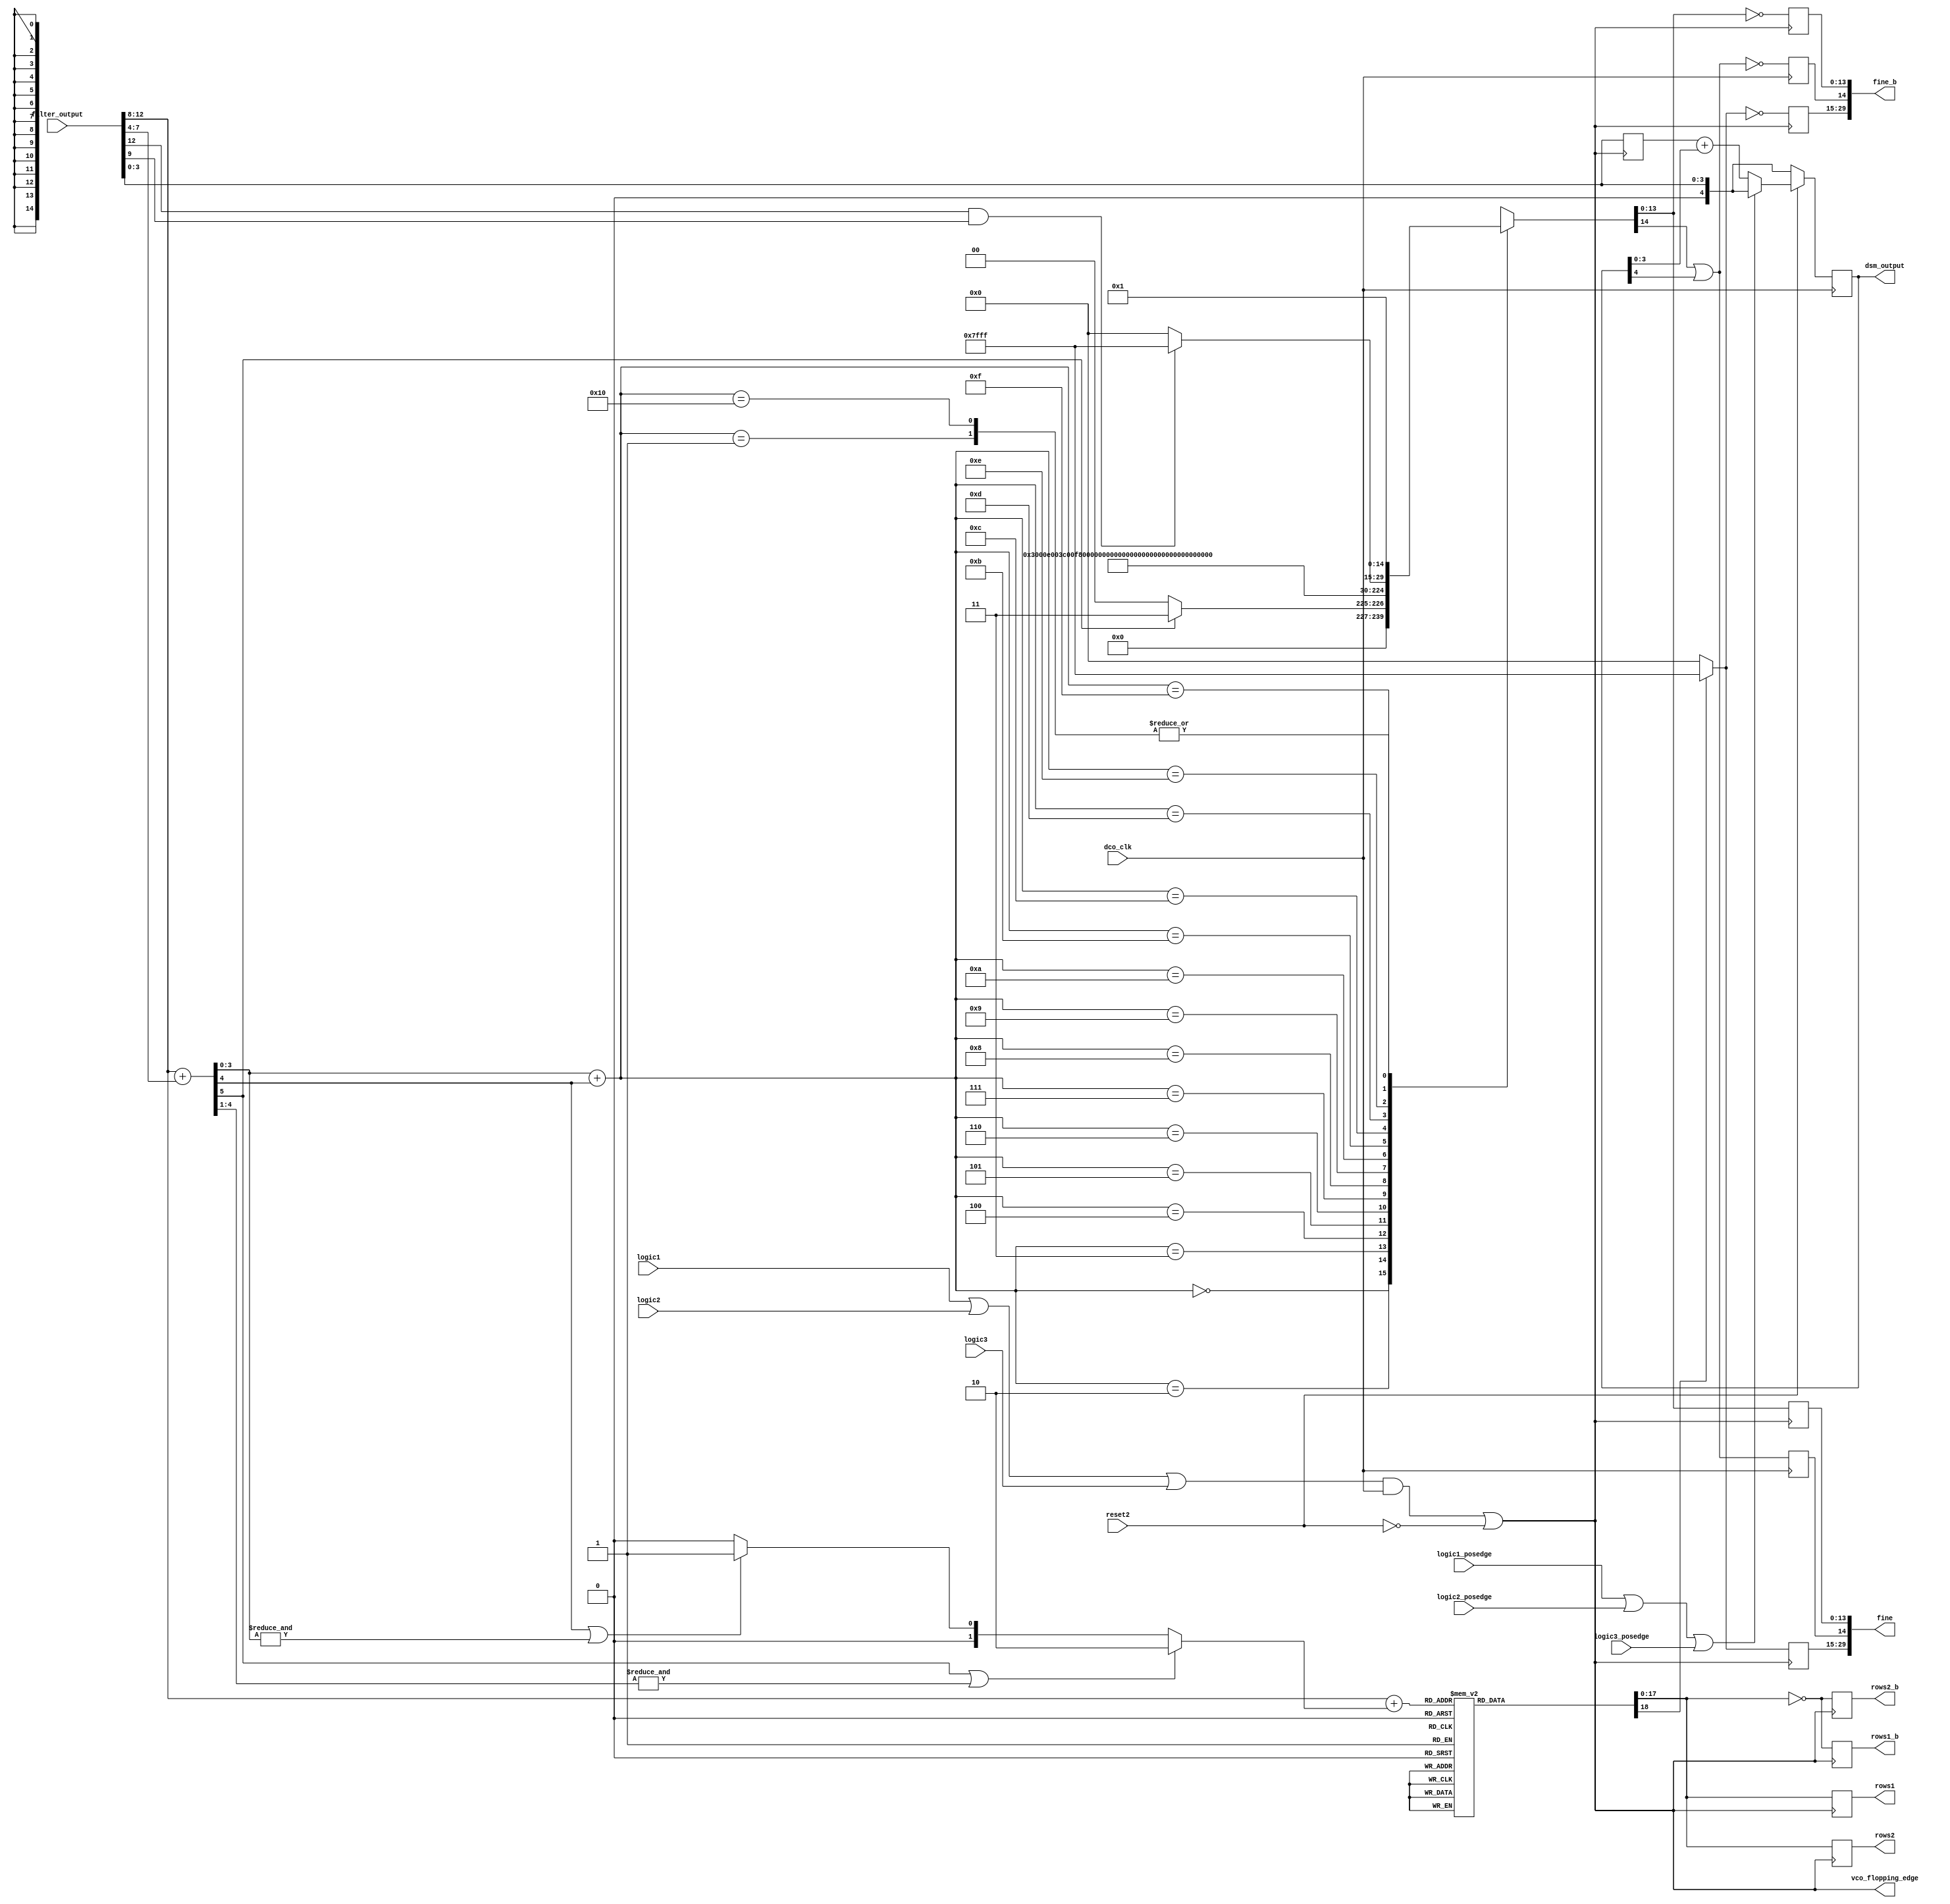
module dco_decoder (
		    input [12:0]      filter_output,
		    input 	      dco_clk,
		    input 	      reset2,
		    input 	      logic1,
		    input 	      logic2,
		    input 	      logic3,
		    input 	      logic1_posedge,
		    input 	      logic2_posedge,
		    input 	      logic3_posedge, 


		    output reg [17:0] rows1,
		    output reg [17:0] rows2,
		    output reg [17:0] rows1_b,
		    output reg [17:0] rows2_b,

		    output reg [29:0] fine,
		    output reg [29:0] fine_b,
		    output 	      vco_flopping_edge,
		    output reg [4:0]      dsm_output

		    );


   reg [18:0] 			      rows_unflopped;
   wire [29:0] 			      fine_unflopped;
   
   wire [4:0] 			      code_for_rows;
   wire [5:0] 			      code_for_column;
   wire [4:0] 			      code_for_column2;
   wire 			      select_fine_row;
   wire 			      dsm_bit;
   
   assign code_for_rows = filter_output[12:8] + ((code_for_column[5] | &code_for_column[4:1]) ? 2'd2 : ( code_for_column[4] | &code_for_column[3:0] ) ? 2'd1: 0 ) ;
   
   assign code_for_column = {1'b0,filter_output[12:8]} + {2'b0,filter_output[7:4]};
   assign code_for_column2 = code_for_column[3:0] + code_for_column[4];

   
   
   reg [29:0] 			      column_decoded;
   
   assign column_decoded[29:15] = rows_unflopped[18] ? 15'b111111111111111 : 0;
   
   always @*  begin

      casex (code_for_rows) 
	
	0 : rows_unflopped =  19'b0000000000000000000;
	1 : rows_unflopped =  19'b0000000000000000001;
	2 : rows_unflopped =  19'b0000000000000000011;
	3 : rows_unflopped =  19'b0000000000000000111;
	4 : rows_unflopped =  19'b0000000000000001111;
	5 : rows_unflopped =  19'b0000000000000011111;
	6 : rows_unflopped =  19'b0000000000000111111;
	7 : rows_unflopped =  19'b0000000000001111111;
	8 : rows_unflopped =  19'b0000000000011111111;
	9 : rows_unflopped =  19'b0000000000111111111;
	10 : rows_unflopped = 19'b0000000001111111111;
	11 : rows_unflopped = 19'b0000000011111111111;
	12 : rows_unflopped = 19'b0000000111111111111;
	13 : rows_unflopped = 19'b0000001111111111111;
	14 : rows_unflopped = 19'b0000011111111111111;
	15 : rows_unflopped = 19'b0000111111111111111;
	16 : rows_unflopped = 19'b0001111111111111111;
	17 : rows_unflopped = 19'b0011111111111111111;
	18 : rows_unflopped = 19'b0111111111111111111;
	19 : rows_unflopped = 19'b1111111111111111111;
	20 : rows_unflopped = 19'b1111111111111111111;
	21 : rows_unflopped = 19'b1111111111111111111;
	
	default: rows_unflopped = 19'bxxxxxxxxxxxxxxxxxx;

      endcase // case (code_for_rows)
      
      
      case (code_for_column2[4:0])
	0 : column_decoded[14:0] = code_for_column[5] ? 15'b000000000000011 : 15'b000000000000000;
	1 : column_decoded[14:0] = 15'b000000000000001;
	2 : column_decoded[14:0] = 15'b000000000000011;
	3 : column_decoded[14:0] = 15'b000000000000111;
	4 : column_decoded[14:0] = 15'b000000000001111;
	5 : column_decoded[14:0] = 15'b000000000011111;
	6 : column_decoded[14:0] = 15'b000000000111111;
	7 : column_decoded[14:0] = 15'b000000001111111;
	8 : column_decoded[14:0] = 15'b000000011111111;
	9 : column_decoded[14:0] = 15'b000000111111111;
	10 : column_decoded[14:0] = 15'b000001111111111;
	11 : column_decoded[14:0] = 15'b000011111111111;
	12 : column_decoded[14:0] = 15'b000111111111111;
	13 : column_decoded[14:0] = 15'b001111111111111;
	14 : column_decoded[14:0] = 15'b011111111111111;
	15 : column_decoded[14:0] =(filter_output[12] & filter_output[9]) ? 15'b111111111111111 : 0;
	16 : column_decoded[14:0] = 15'b000000000000001;
	
        default :  column_decoded[14:0] = 15'bxxxxxxxxxxxxxxx;
      endcase // case (code_for_column)
      
      
   end // always @ *
   
   assign fine_unflopped[14] = column_decoded[14] | dsm_bit ;
   assign fine_unflopped[29:15] = column_decoded[29:15];
   assign fine_unflopped[13:0] = column_decoded[13:0];
   

   // wire logic1, logic2,logic3;
   wire  vco_flopping_edge_pre;
   assign vco_flopping_edge = ( (logic1 | logic2 | logic3) & dco_clk) | ~reset2;
   
   
   // reg [4:0] dsm_output;
   reg [3:0] dsm_flopped_input; 
   reg [3:0] dsm_flopped_input_pre; 
   
   assign dsm_bit = dsm_output[4];

   
   always @(posedge dco_clk)  begin
      dsm_output <= (reset2 == 0) ? {1'b0, filter_output[3:0]} : ( (logic1_posedge | logic2_posedge | logic3_posedge) ? {1'b0, filter_output[3:0] } : {1'b0, dsm_flopped_input}  + {1'b0, dsm_output[3:0]} );
      
   end
   
   always @(posedge vco_flopping_edge)  begin
      rows1 <= rows_unflopped[18:0];
      rows2 <= rows_unflopped[18:0];
      rows1_b <= ~rows_unflopped[18:0];
      rows2_b <= ~rows_unflopped[18:0];
      fine[29:15] <= fine_unflopped[29:15] ;
      fine_b[29:15] <= ~fine_unflopped[29:15];
      fine[13:0] <= fine_unflopped[13:0] ;
      fine_b[13:0] <= ~fine_unflopped[13:0];
      
      dsm_flopped_input <= filter_output[3:0] ;
      
   end // always @ (posedge vco_flopping_edge)

   
   

   always @(posedge dco_clk)  begin
          
      fine[14] <= fine_unflopped[14] ; 
      fine_b[14] <= ~fine_unflopped[14];
      
   end
   
   
   
endmodule